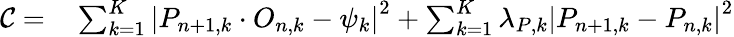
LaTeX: \begin{array}{rl}{\mathcal{C}=}&{{}\sum_{k=1}^{K}\left|P_{n+1,k}\cdot O_{n,k}-\psi_{k}\right|^{2}+\sum_{k=1}^{K}\lambda_{P,k}\left|P_{n+1,k}-P_{n,k}\right|^{2}}\end{array}